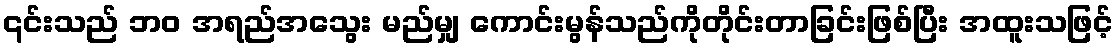
၎င်းသည် ဘဝ အရည်အသွေး မည်မျှ ကောင်းမွန်သည်ကိုတိုင်းတာခြင်းဖြစ်ပြီး အထူးသဖြင့်